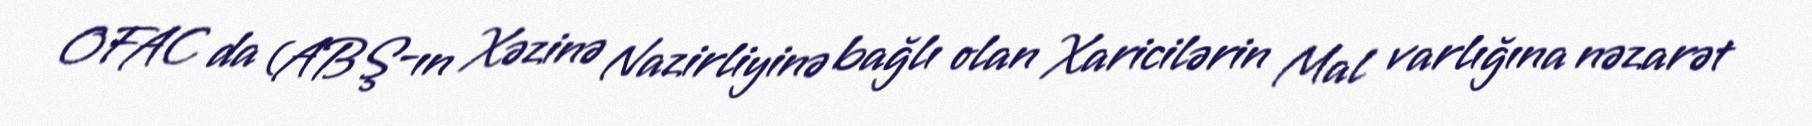
OFAC da (ABŞ-ın Xəzinə Nazirliyinə bağlı olan Xaricilərin Mal varlığına nəzarət